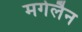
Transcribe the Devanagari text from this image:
मगेलैन